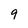
Character: 9